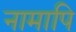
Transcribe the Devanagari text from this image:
नामापि